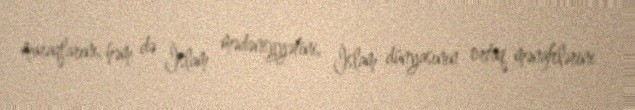
maraqlarını, həm də İslam mədəniyyətini, İslam dünyasının ortaq mənafelərini